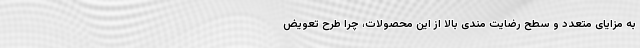
به مزایای متعدد و سطح رضایت مندی بالا از این محصولات، چرا طرح تعویض